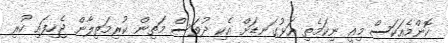
ކޮންމެއަކަސް މިއީ ނިކަމެތި އަޅުގަނޑަށް އެކި ދުވަސް މަތިން ކުރިމަތިލާން ޖެހިފައި ހުރި